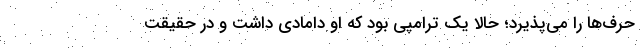
حرف‌ها را می‌پذیرد؛ حالا یک ترامپی بود که او دامادی داشت و در حقیقت